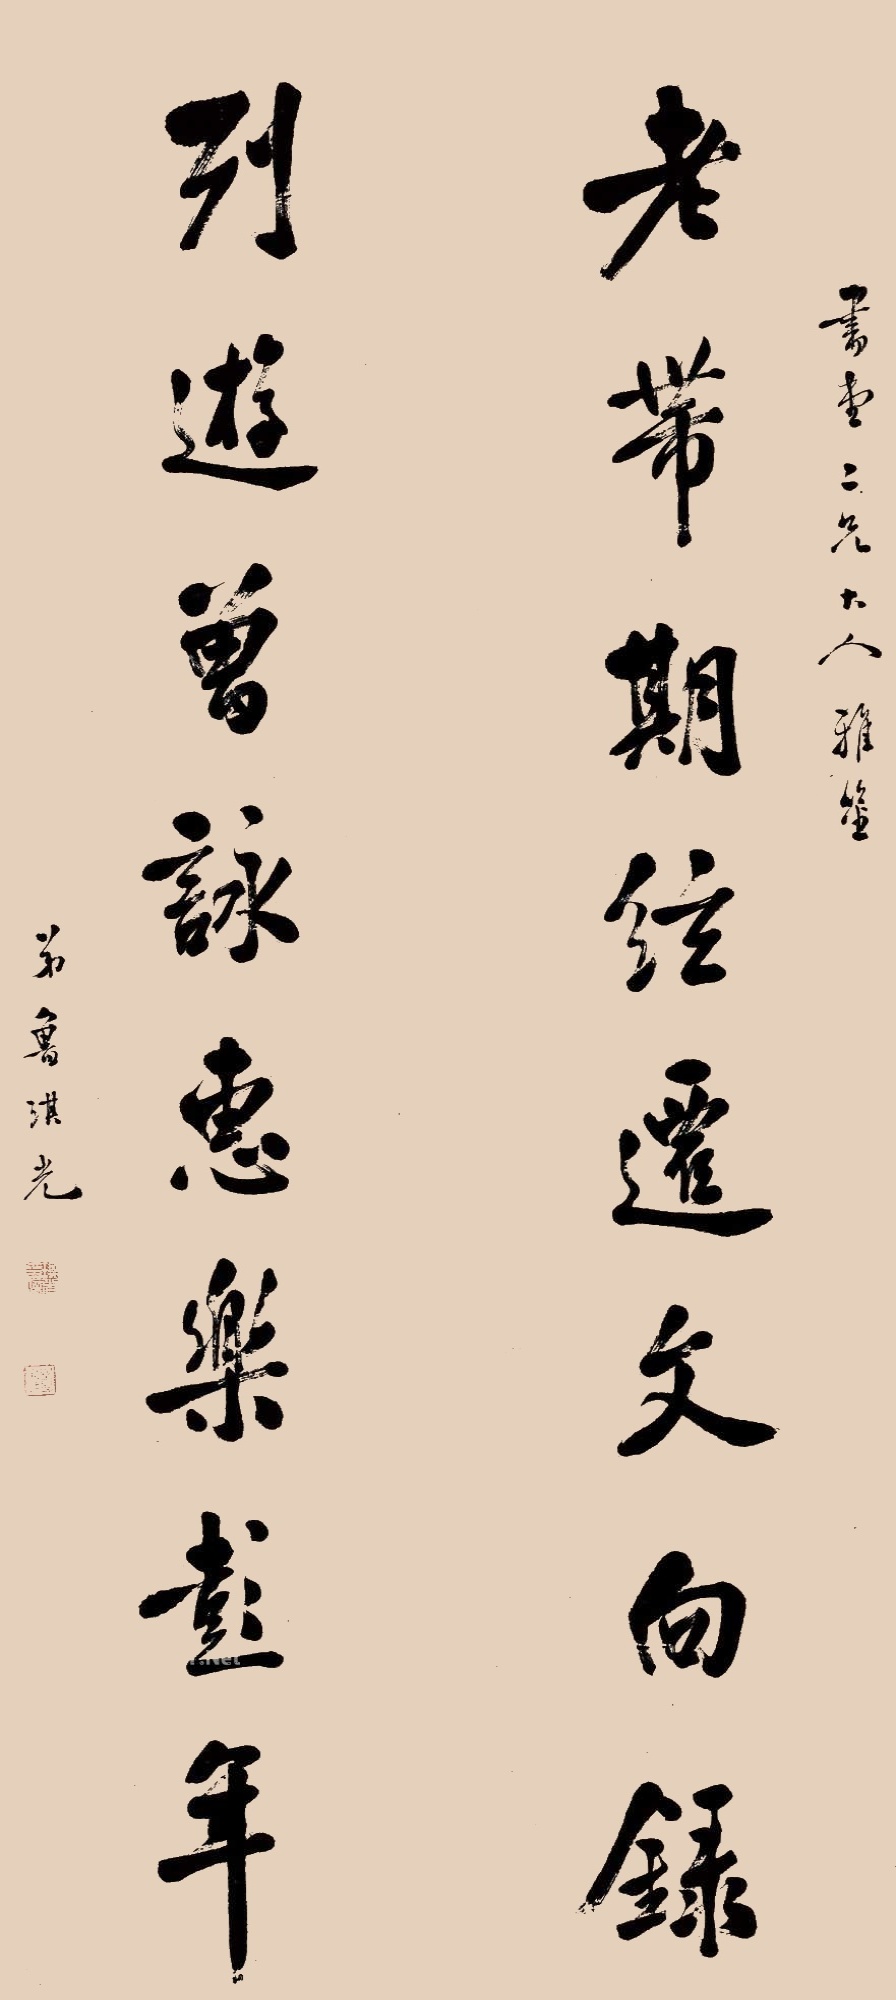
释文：老带期弦迁文向录，列游曾咏惠乐彭年。书堂二兄大人雅鉴。弟鲁琪光。